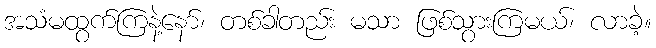
အသံမထွက်ကြနဲ့နော်၊ တစ်ခါတည်း မသာ ဖြစ်သွားကြမယ်၊ လာခဲ့။